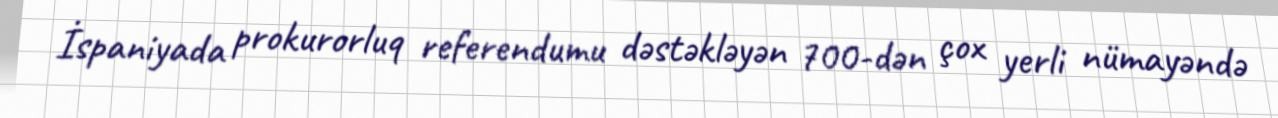
İspaniyada prokurorluq referendumu dəstəkləyən 700-dən çox yerli nümayəndə